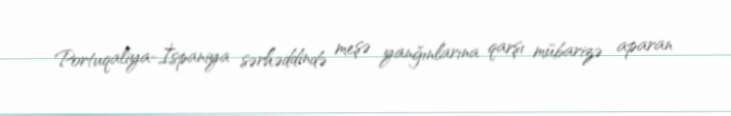
Portuqaliya-İspaniya sərhəddində meşə yanğınlarına qarşı mübarizə aparan